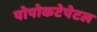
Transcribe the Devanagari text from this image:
पोपोकटेपेटल